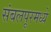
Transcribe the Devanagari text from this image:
संबलपूरमध्ये